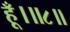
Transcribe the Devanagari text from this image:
हूँ।॥८॥